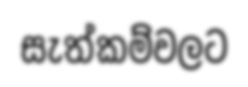
සැත්කම්වලට